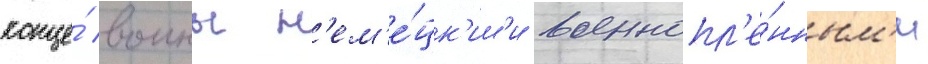
конце́ воины н'ем'е́цк'им'и военнопл'е́нным'и